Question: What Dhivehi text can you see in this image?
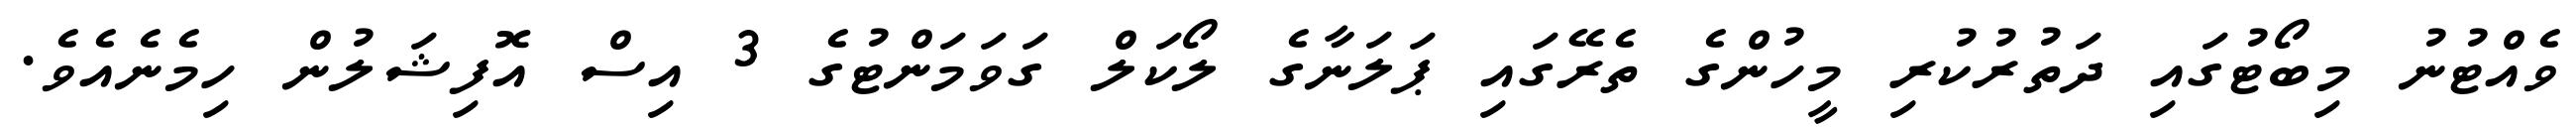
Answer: ވެއްޓުނު މިބޯޓުގައި ދަތުރުކުރި މީހުންގެ ތެރޭގައި ޕަލަނާގެ ލޯކަލް ގަވަމަންޓުގެ 3 އިސް އޮފިޝަލުން ހިމެނެއެވެ.